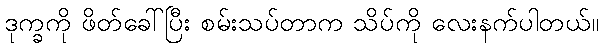
ဒုက္ခကို ဖိတ်ခေါ်ပြီး စမ်းသပ်တာက သိပ်ကို လေးနက်ပါတယ်။